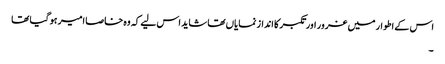
اس کے اطوار میں غرور اور تکبر کا انداز نمایاں تھا شاید اس لیے کہ وہ خاصا امیر ہو گیا تھا
۔